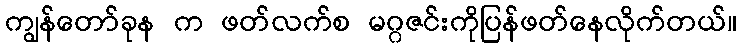
ကျွန်တော်ခုန က ဖတ်လက်စ မဂ္ဂဇင်းကိုပြန်ဖတ်နေလိုက်တယ်။